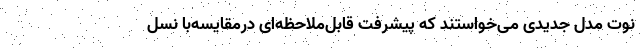
نوت مدل جدیدی می‌خواستند که پیشرفت قابل‌ملاحظه‌ای درمقایسه‌با نسل